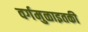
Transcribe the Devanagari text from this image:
वर्गमुळाइतकी